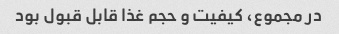
در مجموع، کیفیت و حجم غذا قابل قبول بود